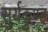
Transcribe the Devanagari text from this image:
सुर्यकुण्ड